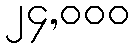
၂၄,၀၀၀